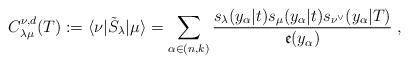
LaTeX: \begin{align*}C_{\lambda \mu }^{\nu ,d}(T):=\langle \nu |\tilde{S}_{\lambda }|\mu \rangle=\sum_{\alpha \in (n,k)}\frac{s_{\lambda }(y_{\alpha }|t)s_{\mu }(y_{\alpha}|t)s_{\nu ^{\vee }}(y_{\alpha }|T)}{\mathfrak{e}(y_{\alpha })}\;,\end{align*}